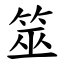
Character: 筮